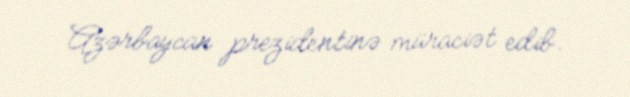
Azərbaycan prezidentinə müraciət edib.